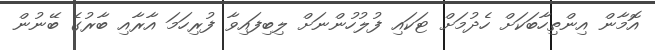
އޮމާން އިންތިހާބަކަށް ހެދުމަށް ޓަކައި ފުލުހުންނަށް ލިބިފައިވާ ފުރިހަމަ އާރާއި ބާރުގެ ބޭނުން